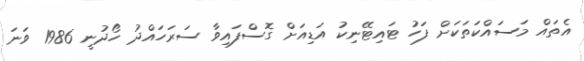
އެތައް މަސައްކަތަކަށް ފަހު ޓައިޓޭނިކު އަޑިއަށް ގޮސްފައިވާ ސަރަހައްދު ހޯދުނީ 1986 ވަނަ